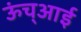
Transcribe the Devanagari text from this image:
ऊंच्आई